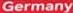
Germany